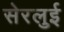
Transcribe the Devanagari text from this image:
सेरलुई